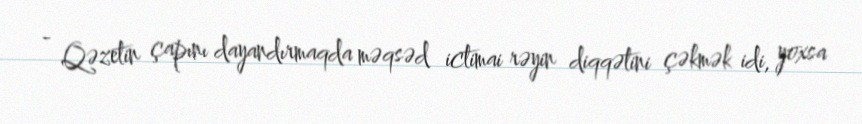
- Qəzetin çapını dayandırmaqda məqsəd ictimai rəyin diqqətini çəkmək idi, yoxsa